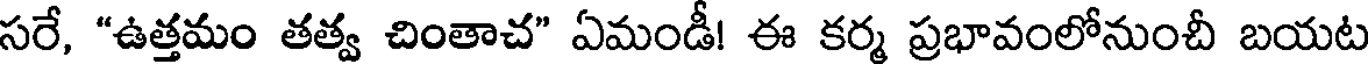
సరే, "ఉత్తమం తత్వ చింతాచ" ఏమండీ! ఈ కర్మ ప్రభావంలోనుంచీ బయట